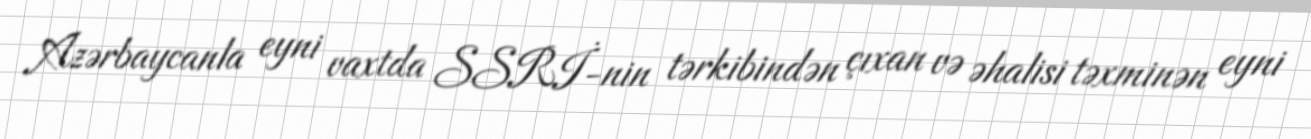
Azərbaycanla eyni vaxtda SSRİ-nin tərkibindən çıxan və əhalisi təxminən eyni